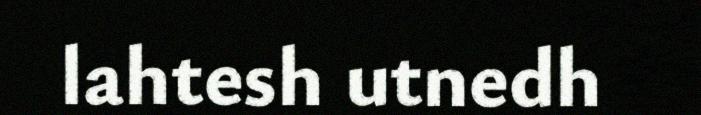
lahtesh utnedh